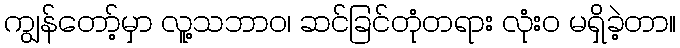
ကျွန်တော့်မှာ လူ့သဘာဝ၊ ဆင်ခြင်တုံတရား လုံးဝ မရှိခဲ့တာ။